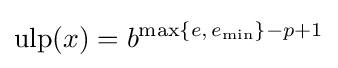
\operatorname {ulp} (x)=b^{\max\{e,\,e_{\min }\}-p+1}